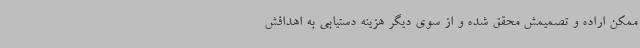
ممکن اراده و تصمیمش محقق شده و از سوی دیگر هزینه دستیابی به اهدافش